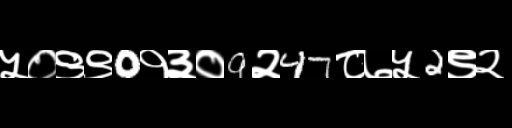
Text: ५०९९0१३०9२47८७५2९२